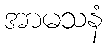
အာမသနံ